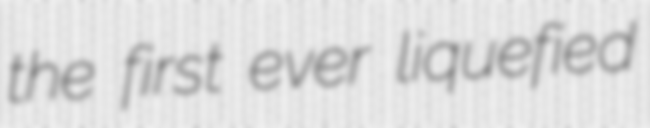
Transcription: the first ever liquefied